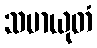
သမာယုတံ